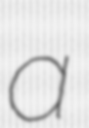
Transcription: a